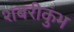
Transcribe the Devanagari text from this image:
शबरीकुंभ